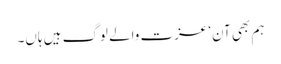
ہم بھی آن‘ عزت والے لوگ ہیں ہاں۔